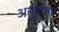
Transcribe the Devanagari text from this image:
अनुपातत